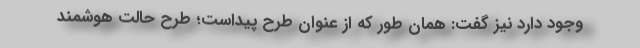
وجود دارد نیز گفت: همان طور که از عنوان طرح پیداست؛ طرح حالت هوشمند